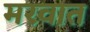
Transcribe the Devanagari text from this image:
मरवात